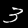
Digit: 3